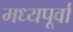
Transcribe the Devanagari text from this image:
मध्यपूर्वा